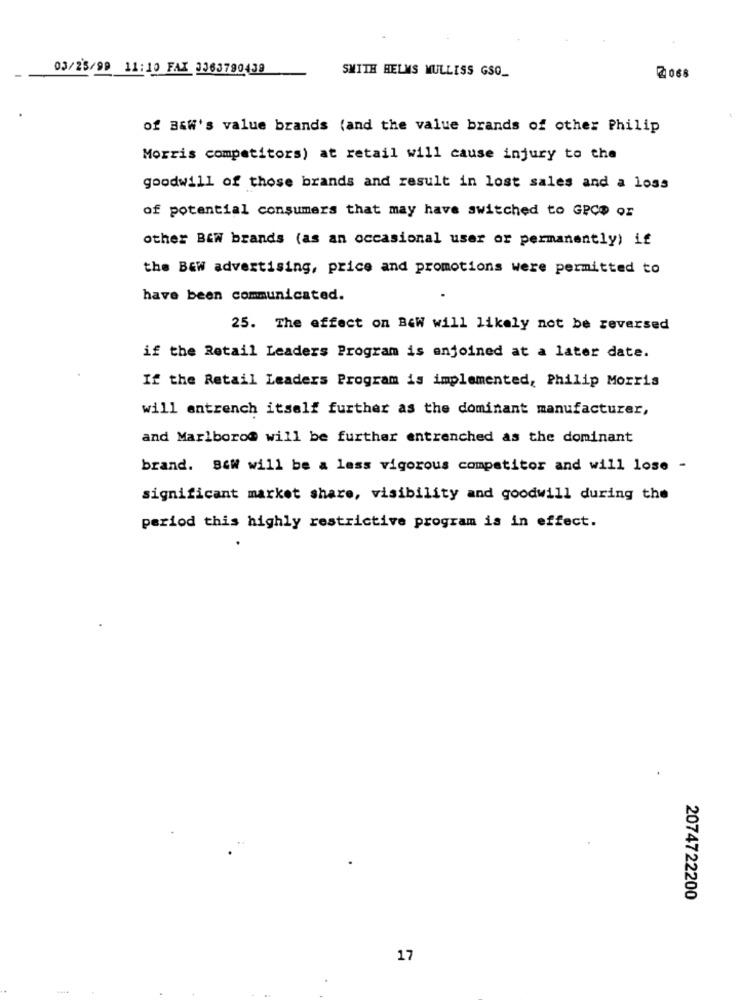
03/25/99 11:10 FAX 3363790438
SMITH HELMS MULLISS GSO_
2068
of B&W's value brands (and the value brands of other Philip
Morris competitors) at retail will cause injury to the
goodwill of those brands and result in lost sales and a loss
of potential consumers that may have switched to GPCD or
other BEW brands (as an occasional user or permanently) if
the Bew advertising, price and promotions were permitted to
have been communicated.
25. The effect on BaW will likely not be reversed
if the Retail Leaders Program is enjoined at a later date.
If the Retail Leaders Program is implemented, Philip Morris
will entrench itself further as the dominant manufacturer,
and Marlboro@ will be further entrenched as the dominant
brand. B&W will be a less vigorous competitor and will lose -
significant market share, visibility and goodwill during the
period this highly restrictive program is in effect.
2074722200
17